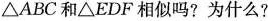
△ABC和△EDF相似吗?为什么?